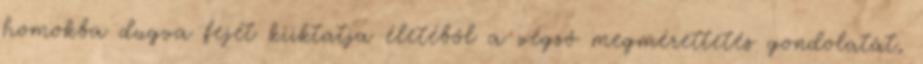
homokba dugva fejét kiiktatja életéből a végső megmérettetés gondolatát,